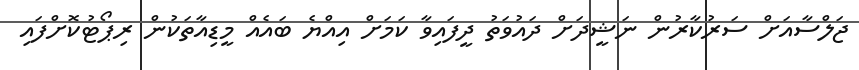
ޖަލްސާއަށް ސަރުކާރުން ނަޝީދަށް ދައުވަތު ދީފައިވާ ކަމަށް އިއްޔެ ބައެއް މީޑިއާތަކުން ރިޕޯޓުކޮށްފައި